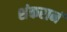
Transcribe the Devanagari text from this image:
शंकरानं